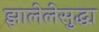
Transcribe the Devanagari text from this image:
झालेलेसुद्धा